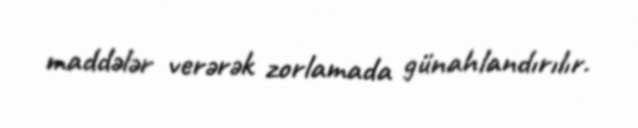
maddələr verərək zorlamada günahlandırılır.